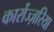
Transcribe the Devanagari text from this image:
कार्रोज्ज़रिया